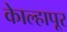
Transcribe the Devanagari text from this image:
काेेल्हापूर